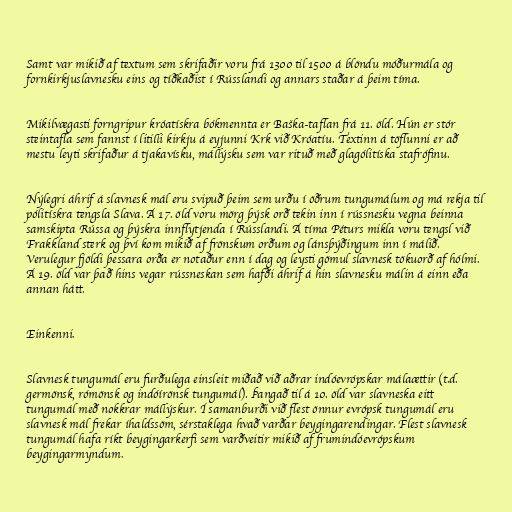
Samt var mikið af textum sem skrifaðir voru frá 1300 til 1500 á blöndu móðurmála og
fornkirkjuslavnesku eins og tíðkaðist í Rússlandi og annars staðar á þeim tíma.

Mikilvægasti forngripur króatískra bókmennta er Baška-taflan frá 11. öld. Hún er stór
steintafla sem fannst í litilli kirkju á eyjunni Krk við Króatíu. Textinn á töflunni er að
mestu leyti skrifaður á tjakavísku, mállýsku sem var rituð með glagólitíska stafrófinu.

Nýlegri áhrif á slavnesk mál eru svipuð þeim sem urðu í öðrum tungumálum og má rekja til
pólitískra tengsla Slava. Á 17. öld voru mörg þýsk orð tekin inn í rússnesku vegna beinna
samskipta Rússa og þýskra innflytjenda í Rússlandi. Á tíma Péturs mikla voru tengsl við
Frakkland sterk og því kom mikið af frönskum orðum og lánsþýðingum inn í málið.
Verulegur fjöldi þessara orða er notaður enn í dag og leysti gömul slavnesk tökuorð af hólmi.
Á 19. öld var það hins vegar rússneskan sem hafði áhrif á hin slavnesku málin á einn eða
annan hátt.

Einkenni.

Slavnesk tungumál eru furðulega einsleit miðað við aðrar indóevrópskar málaættir (t.d.
germönsk, rómönsk og indóírönsk tungumál). Þangað til á 10. öld var slavneska eitt
tungumál með nokkrar mállýskur. Í samanburði við flest önnur evrópsk tungumál eru
slavnesk mál frekar íhaldssöm, sérstaklega hvað varðar beygingarendingar. Flest slavnesk
tungumál hafa ríkt beygingarkerfi sem varðveitir mikið af frumindóevrópskum
beygingarmyndum.